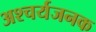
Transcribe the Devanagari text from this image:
अश्चर्यजनक